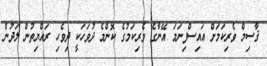
ޤާސިމް ވެރިކަމަށް އައިސްފިނަމަ އޭނާގެ ވެރިކަމުގެ ކޮންމެ ދުވަހަކީ ދިވެހި ރައްޔިތުން ލަދުން